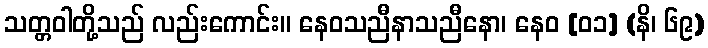
သတ္တဝါတို့သည် လည်းကောင်း။ နေဝသညီနာသညီနော၊ နေဝ [၀၁] (နိ၊ ၆၉)